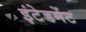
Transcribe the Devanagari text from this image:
इंटेडमेंट